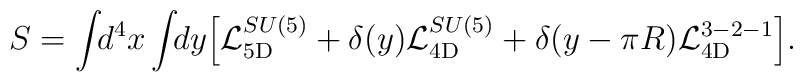
S = \int\!\!d^4x \int\!\!dy     \Bigl[ {\cal L}_{\rm 5D}^{SU(5)}     + \delta(y) {\cal L}_{\rm 4D}^{SU(5)}    + \delta(y-\pi R) {\cal L}_{\rm 4D}^{3-2-1} \Bigr].